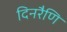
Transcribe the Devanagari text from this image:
दिनरैणि